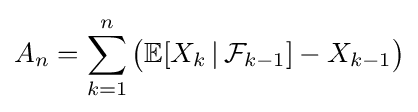
A_{n}=\sum _{k=1}^{n}{\bigl (}\mathbb {E} [X_{k}\,|\,{\mathcal {F}}_{k-1}]-X_{k-1}{\bigr )}